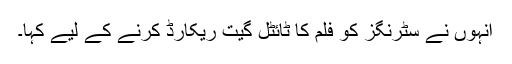
انہوں نے سٹرنگز کو فلم کا ٹائٹل گیت ریکارڈ کرنے کے لیے کہا۔